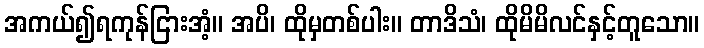
အကယ်၍ရကုန်ငြားအံ့။ အပိ၊ ထိုမှတစ်ပါး။ တာဒိသံ၊ ထိုမိမိလင်နှင့်တူသော။